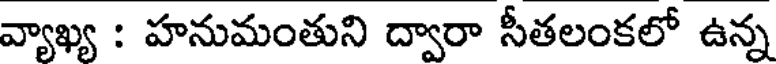
వ్యాఖ్య : హనుమంతుని ద్వారా సీతలంకలో ఉన్న